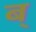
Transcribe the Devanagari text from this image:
ब्‌